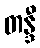
တန္ဒီ